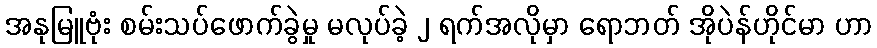
အနုမြူဗုံး စမ်းသပ်ဖောက်ခွဲမှု မလုပ်ခဲ့ ၂ ရက်အလိုမှာ ရောဘတ် အိုပဲန်ဟိုင်မာ ဟာ